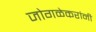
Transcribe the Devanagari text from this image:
जोगळेकरांनी